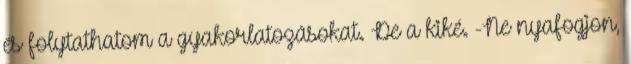
és folytathatom a gyakorlatozásokat. De a kiké. -Ne nyafogjon,